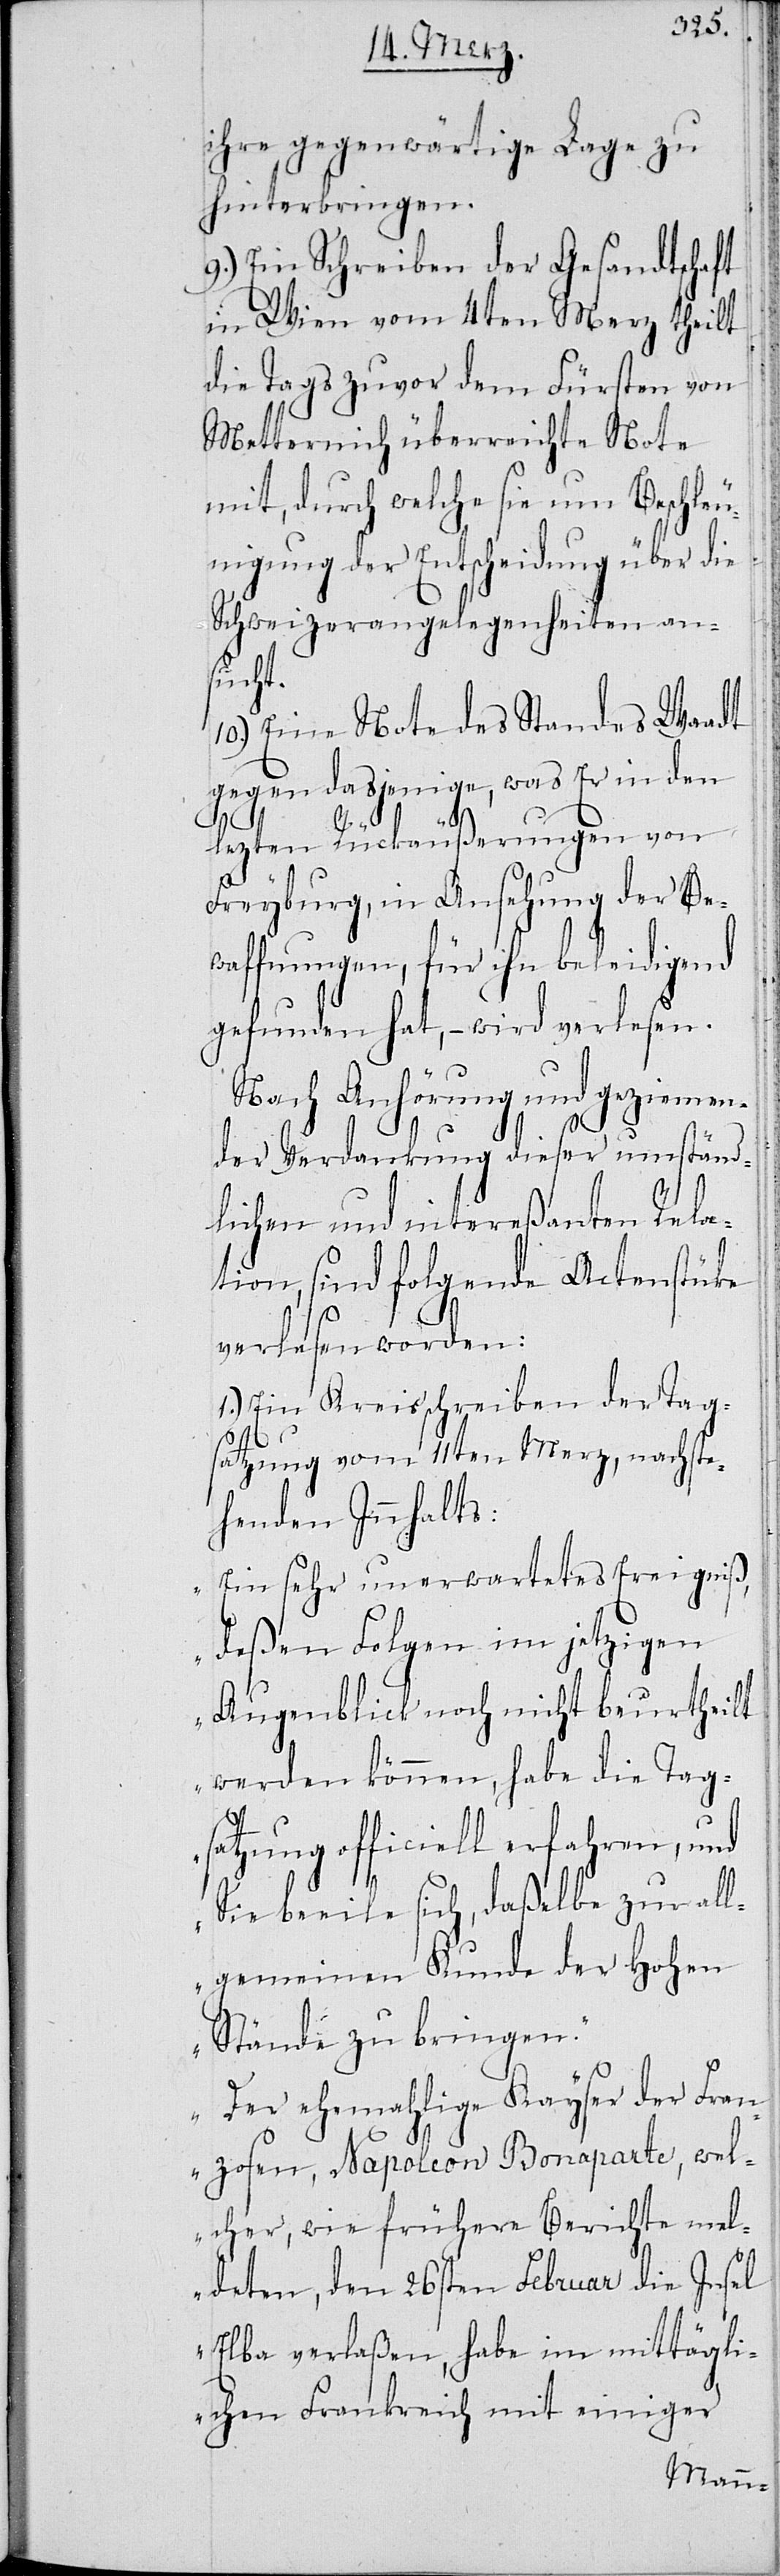
ihre gegenwärtige Lage zu
hinterbringen.
9.) Ein Schreiben der Gesandtschaft
Wien vom 4ten Merz theilt
die Tags zuvor dem Fürsten von
Metternich überreichte Note
mit, durch welche sie um Beschleu¬
nigung der Entscheidung über die
Schweizerangelegenheiten an¬
sucht.
10.) Eine Note des Standes Waadt
gegen dasjenige, was Er in den
lezten Rückäußerungen von
Freyburg, in Ansehung der Be¬
waffnungen, für ihn beleidigend
gefunden hat, – wird verlesen.
Nach Anhörung und geziemen¬
der Verdankung dieser umständ¬
lichen und intereßanten Rela¬
tion, sind folgende Actenstücke
verlesen worden:
1.) Ein Kreisschreiben der Tag¬
satzung vom 11ten Merz, nachste¬
henden Innhalts:
„Ein sehr unerwartetes Ereigniß,
deßen Folgen im jetzigen
Augenblick noch nicht beurtheilt
werden können, habe die Tags¬
atzung officiell erfahren, und
Sie beeile sich, daßelbe zur all¬
gemeinen Kunde der Hohen
Stände zu bringen.
Der ehemalige Kayser der Fran¬
zosen, Napoleon Bonaparte, wel¬
cher, wie frühere Berichte mel¬
deten, den 26sten Februar die Insel
Elba verlaßen, habe im mittägli¬
chen Frankreich mit einiger